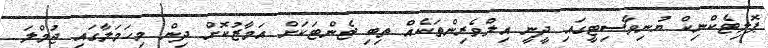
ޕޮލިޓެކްނިކް ޔުނިވާސިޓީގައި ދީނީ އިލްވެރިންތަކެއް ތިބި ޓެންޓަކަށް އަމާޒުކޮށް ދިން މިހަމަލާގައި ޖުމްލަ